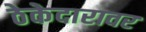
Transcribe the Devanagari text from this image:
ठेकेदारावर